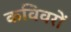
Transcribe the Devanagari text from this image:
कविवरों